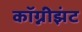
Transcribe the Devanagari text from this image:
कॉग्नीझंट